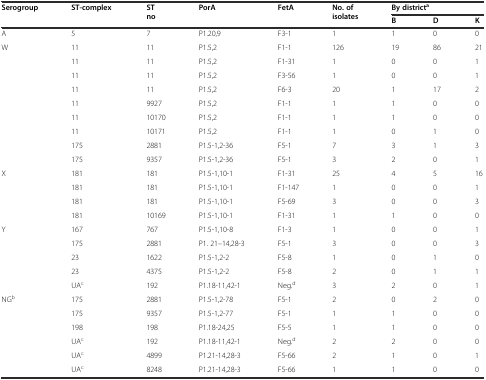
<table><thead><tr><td rowspan="2"><b>Serogroup</b></td><td rowspan="2"><b>ST-complex</b></td><td rowspan="2"><b>ST no</b></td><td rowspan="2"><b>PorA</b></td><td rowspan="2"><b>FetA</b></td><td rowspan="2"><b>No. of isolates</b></td><td colspan="3"><b>By district <sup>a</sup></b></td></tr><tr><td><b>B</b></td><td><b>D</b></td><td><b>K</b></td></tr></thead><tbody><tr><td>A</td><td>5</td><td>7</td><td>P1.20,9</td><td>F3-1</td><td>1</td><td>1</td><td>0</td><td>0</td></tr><tr><td>W</td><td>11</td><td>11</td><td>P1.5,2</td><td>F1-1</td><td>126</td><td>19</td><td>86</td><td>21</td></tr><tr><td></td><td>11</td><td>11</td><td>P1.5,2</td><td>F1-31</td><td>1</td><td>0</td><td>0</td><td>1</td></tr><tr><td></td><td>11</td><td>11</td><td>P1.5,2</td><td>F3-56</td><td>1</td><td>0</td><td>0</td><td>1</td></tr><tr><td></td><td>11</td><td>11</td><td>P1.5,2</td><td>F6-3</td><td>20</td><td>1</td><td>17</td><td>2</td></tr><tr><td></td><td>11</td><td>9927</td><td>P1.5,2</td><td>F1-1</td><td>1</td><td>1</td><td>0</td><td>0</td></tr><tr><td></td><td>11</td><td>10170</td><td>P1.5,2</td><td>F1-1</td><td>1</td><td>1</td><td>0</td><td>0</td></tr><tr><td></td><td>11</td><td>10171</td><td>P1.5,2</td><td>F1-1</td><td>1</td><td>0</td><td>1</td><td>0</td></tr><tr><td></td><td>175</td><td>2881</td><td>P1.5-1,2-36</td><td>F5-1</td><td>7</td><td>3</td><td>1</td><td>3</td></tr><tr><td></td><td>175</td><td>9357</td><td>P1.5-1,2-36</td><td>F5-1</td><td>3</td><td>2</td><td>0</td><td>1</td></tr><tr><td>X</td><td>181</td><td>181</td><td>P1.5-1,10-1</td><td>F1-31</td><td>25</td><td>4</td><td>5</td><td>16</td></tr><tr><td></td><td>181</td><td>181</td><td>P1.5-1,10-1</td><td>F1-147</td><td>1</td><td>0</td><td>0</td><td>1</td></tr><tr><td></td><td>181</td><td>181</td><td>P1.5-1,10-1</td><td>F5-69</td><td>3</td><td>0</td><td>0</td><td>3</td></tr><tr><td></td><td>181</td><td>10169</td><td>P1.5-1,10-1</td><td>F1-31</td><td>1</td><td>1</td><td>0</td><td>0</td></tr><tr><td>Y</td><td>167</td><td>767</td><td>P1.5-1,10-8</td><td>F1-3</td><td>1</td><td>0</td><td>0</td><td>1</td></tr><tr><td></td><td>175</td><td>2881</td><td>P1. 21–14,28-3</td><td>F5-1</td><td>3</td><td>0</td><td>0</td><td>3</td></tr><tr><td></td><td>23</td><td>1622</td><td>P1.5-1,2-2</td><td>F5-8</td><td>1</td><td>0</td><td>1</td><td>0</td></tr><tr><td></td><td>23</td><td>4375</td><td>P1.5-1,2-2</td><td>F5-8</td><td>2</td><td>0</td><td>1</td><td>1</td></tr><tr><td></td><td>UA<sup>c</sup></td><td>192</td><td>P1.18-11,42-1</td><td>Neg.<sup>d</sup></td><td>3</td><td>2</td><td>0</td><td>1</td></tr><tr><td>NG<sup>b</sup></td><td>175</td><td>2881</td><td>P1.5-1,2-78</td><td>F5-1</td><td>2</td><td>0</td><td>2</td><td>0</td></tr><tr><td></td><td>175</td><td>9357</td><td>P1.5-1,2-77</td><td>F5-1</td><td>1</td><td>1</td><td>0</td><td>0</td></tr><tr><td></td><td>198</td><td>198</td><td>P1.18-24,25</td><td>F5-5</td><td>1</td><td>1</td><td>0</td><td>0</td></tr><tr><td></td><td>UA<sup>c</sup></td><td>192</td><td>P1.18-11,42-1</td><td>Neg.<sup>d</sup></td><td>2</td><td>2</td><td>0</td><td>0</td></tr><tr><td></td><td>UA<sup>c</sup></td><td>4899</td><td>P1.21-14,28-3</td><td>F5-66</td><td>2</td><td>1</td><td>0</td><td>1</td></tr><tr><td></td><td>UA<sup>c</sup></td><td>8248</td><td>P1.21-14,28-3</td><td>F5-66</td><td>1</td><td>1</td><td>0</td><td>0</td></tr></tbody></table>